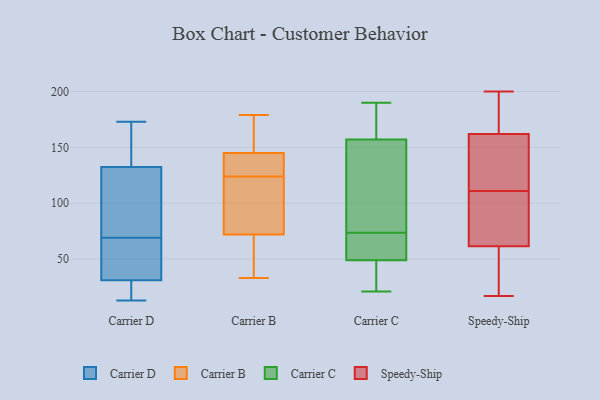
{"axis": {"x": "Tickets Resolved", "y": "Value"}, "legend": ["Carrier B", "Carrier C", "Carrier D", "Speedy-Ship"], "data": [{"x": "", "y": 13, "type": "Carrier D"}, {"x": "", "y": 27, "type": "Carrier D"}, {"x": "", "y": 110, "type": "Carrier D"}, {"x": "", "y": 34, "type": "Carrier D"}, {"x": "", "y": 21, "type": "Carrier D"}, {"x": "", "y": 76, "type": "Carrier D"}, {"x": "", "y": 172, "type": "Carrier D"}, {"x": "", "y": 146, "type": "Carrier D"}, {"x": "", "y": 171, "type": "Carrier D"}, {"x": "", "y": 116, "type": "Carrier D"}, {"x": "", "y": 35, "type": "Carrier D"}, {"x": "", "y": 28, "type": "Carrier D"}, {"x": "", "y": 119, "type": "Carrier D"}, {"x": "", "y": 53, "type": "Carrier D"}, {"x": "", "y": 62, "type": "Carrier D"}, {"x": "", "y": 173, "type": "Carrier D"}, {"x": "", "y": 133, "type": "Carrier B"}, {"x": "", "y": 149, "type": "Carrier B"}, {"x": "", "y": 63, "type": "Carrier B"}, {"x": "", "y": 56, "type": "Carrier B"}, {"x": "", "y": 125, "type": "Carrier B"}, {"x": "", "y": 132, "type": "Carrier B"}, {"x": "", "y": 142, "type": "Carrier B"}, {"x": "", "y": 98, "type": "Carrier B"}, {"x": "", "y": 150, "type": "Carrier B"}, {"x": "", "y": 146, "type": "Carrier B"}, {"x": "", "y": 123, "type": "Carrier B"}, {"x": "", "y": 78, "type": "Carrier B"}, {"x": "", "y": 175, "type": "Carrier B"}, {"x": "", "y": 33, "type": "Carrier B"}, {"x": "", "y": 43, "type": "Carrier B"}, {"x": "", "y": 179, "type": "Carrier B"}, {"x": "", "y": 90, "type": "Carrier B"}, {"x": "", "y": 124, "type": "Carrier B"}, {"x": "", "y": 70, "type": "Carrier B"}, {"x": "", "y": 79, "type": "Carrier C"}, {"x": "", "y": 152, "type": "Carrier C"}, {"x": "", "y": 190, "type": "Carrier C"}, {"x": "", "y": 27, "type": "Carrier C"}, {"x": "", "y": 21, "type": "Carrier C"}, {"x": "", "y": 91, "type": "Carrier C"}, {"x": "", "y": 68, "type": "Carrier C"}, {"x": "", "y": 61, "type": "Carrier C"}, {"x": "", "y": 162, "type": "Carrier C"}, {"x": "", "y": 64, "type": "Carrier C"}, {"x": "", "y": 37, "type": "Carrier C"}, {"x": "", "y": 181, "type": "Carrier C"}, {"x": "", "y": 144, "type": "Speedy-Ship"}, {"x": "", "y": 49, "type": "Speedy-Ship"}, {"x": "", "y": 162, "type": "Speedy-Ship"}, {"x": "", "y": 99, "type": "Speedy-Ship"}, {"x": "", "y": 142, "type": "Speedy-Ship"}, {"x": "", "y": 182, "type": "Speedy-Ship"}, {"x": "", "y": 17, "type": "Speedy-Ship"}, {"x": "", "y": 60, "type": "Speedy-Ship"}, {"x": "", "y": 93, "type": "Speedy-Ship"}, {"x": "", "y": 80, "type": "Speedy-Ship"}, {"x": "", "y": 22, "type": "Speedy-Ship"}, {"x": "", "y": 120, "type": "Speedy-Ship"}, {"x": "", "y": 66, "type": "Speedy-Ship"}, {"x": "", "y": 187, "type": "Speedy-Ship"}, {"x": "", "y": 166, "type": "Speedy-Ship"}, {"x": "", "y": 200, "type": "Speedy-Ship"}, {"x": "", "y": 111, "type": "Speedy-Ship"}, {"x": "", "y": 30, "type": "Speedy-Ship"}, {"x": "", "y": 162, "type": "Speedy-Ship"}]}